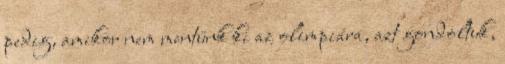
pedig, amikor nem mentünk ki az olimpiára, azt gondoltuk,